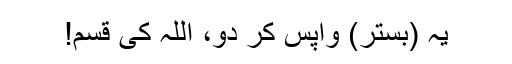
یہ (بستر) واپس کر دو، اللہ کی قسم!